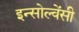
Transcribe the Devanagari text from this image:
इन्सोल्वेंसी